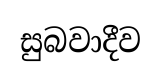
සුබවාදීව